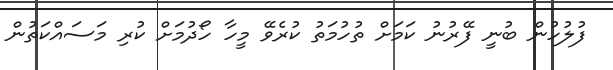
ފުލުހުން ބުނީ ފޭރުނު ކަމަށް ތުހުމަތު ކުރެވޭ މީހާ ހޯދުމަށް ކުރި މަސައްކަތުން